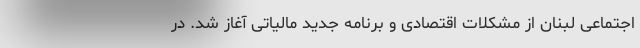
اجتماعی لبنان از مشکلات اقتصادی و برنامه جدید مالیاتی آغاز شد. در